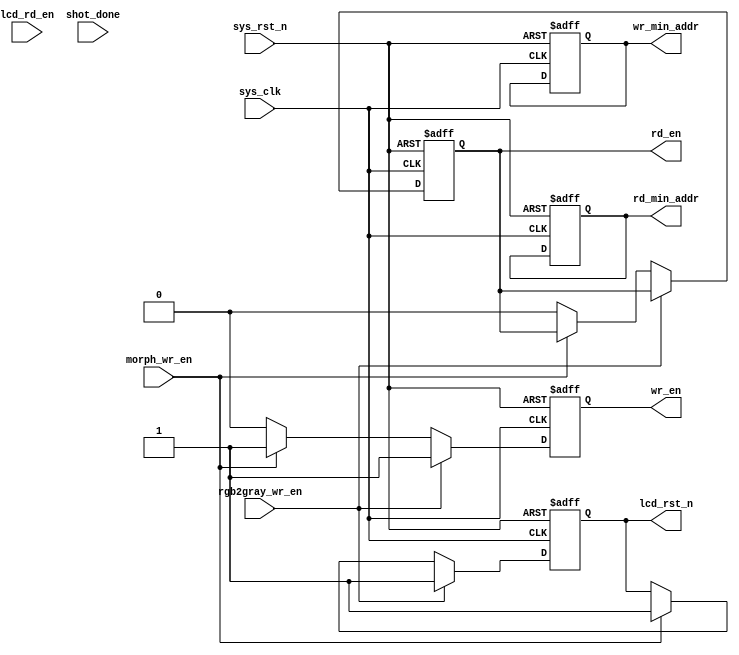
module rd_wr_manager (
    input                 sys_clk           ,   //
    input                 sys_rst_n         ,   //
    
//
    input                 lcd_rd_en         ,   //lcd
    input                 rgb2gray_wr_en    ,   //rgb2gray
    input                 morph_wr_en    ,   //morph_1D_wr_en
    input                 shot_done         ,   //
    
///
    output reg            rd_en             ,   //
    output reg            wr_en             ,   //
    
//
    output reg [23:0]     rd_min_addr       ,   //
    output reg [23:0]     wr_min_addr       ,   //
   
    output reg            lcd_rst_n             //lcd,1lcd
);

always @(posedge sys_clk or negedge sys_rst_n) begin
    if(!sys_rst_n) begin
        rd_en <= 1'b0;
        wr_en <= 1'b0;
        lcd_rst_n <= 1'b0;
        rd_min_addr <= 24'b0;
        wr_min_addr <= 24'b0;
    end
    
    else if(rgb2gray_wr_en == 1) begin
        //wr_min_addr = 24'd10000;
        //rd_min_addr = 24'd10000;
        wr_en <= 1'b1;
        lcd_rst_n <= 1'b1;
        end
    else if(morph_wr_en == 1) begin
        wr_en = 1'b1;
        lcd_rst_n = 1'b1;
        end
    else begin
        rd_en = 1'b0;
        wr_en = 1'b0;
    end
end

endmodule